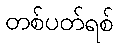
တစ်ပတ်ရစ်